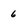
Character: 6